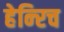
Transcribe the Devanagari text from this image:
हेन्‍रिच